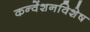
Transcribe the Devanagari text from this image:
कन्वेंशनविशेष